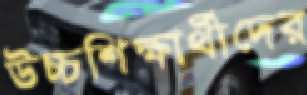
উচ্চশিক্ষার্থীদের